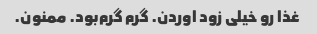
غذا رو خیلی زود اوردن. گرم گرم‌بود. ممنون.